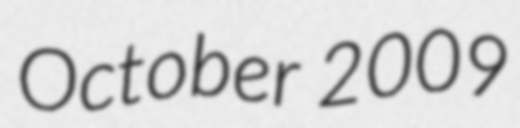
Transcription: October 2009